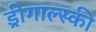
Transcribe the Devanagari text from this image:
ड्रीगाल्स्की